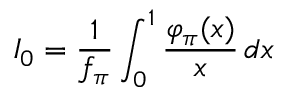
I _ { 0 } = \frac 1 { f _ { \pi } } \int _ { 0 } ^ { 1 } \frac { \varphi _ { \pi } ( x ) } { x } \, d x